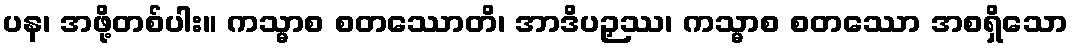
ပန၊ အဖို့တစ်ပါး။ ကသ္မာစ စတဿောတိ၊ အာဒိပဉှဿ၊ ကသ္မာစ စတဿော အစရှိသော